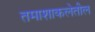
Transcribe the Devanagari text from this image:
तमाशाकलेतील